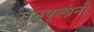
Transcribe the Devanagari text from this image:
रानफुलांनी